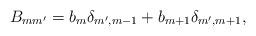
LaTeX: \begin{align*}B_{mm'}=b_m\delta_{m',m-1}+b_{m+1}\delta_{m',m+1},\end{align*}